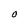
Character: O